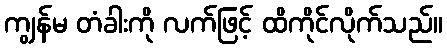
ကျွန်မ တံခါးကို လက်ဖြင့် ထိကိုင်လိုက်သည်။